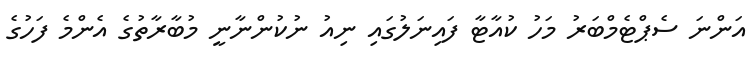
އަންނަ ސެޕްޓެމްބަރު މަހު ކުއާޓާ ފައިނަލުގައި ނިއު ނުކުންނާނީ މުބާރާތުގެ އެންމެ ފަހުގެ